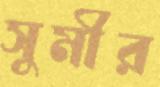
সুমীর